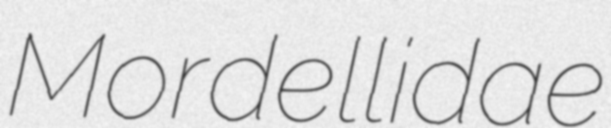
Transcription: Mordellidae